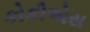
કોકીએસ